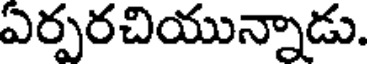
ఎర్పరచియున్నాడు.